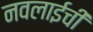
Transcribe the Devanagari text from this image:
नवलाईची